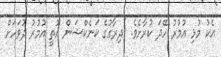
އެކު މުޅި އުމުރު ހޭދަ ކުރާށެވެ. "ދިރާގުގެ ކަނެކްޝަން އޮތީ އުމުރު ދުވަހަށް